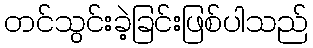
တင်သွင်းခဲ့ခြင်းဖြစ်ပါသည်